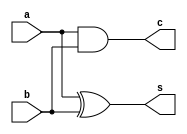
`timescale 1ns / 1ps
//////////////////////////////////////////////////////////////////////////////////
// Company: 
// Engineer: 
// 
// Design Name: 
// Module Name: half_adder
// Project Name: 
// Target Devices: 
// Tool Versions: 
// Description: 
// 
// Dependencies: 
// 
// Revision:
// Revision 0.01 - File Created
// Additional Comments:
// 
//////////////////////////////////////////////////////////////////////////////////

module half_adder(a, b, s, c);
input a, b;
output s, c;

xor x1(s, a, b);
and a1(c, a, b);

endmodule